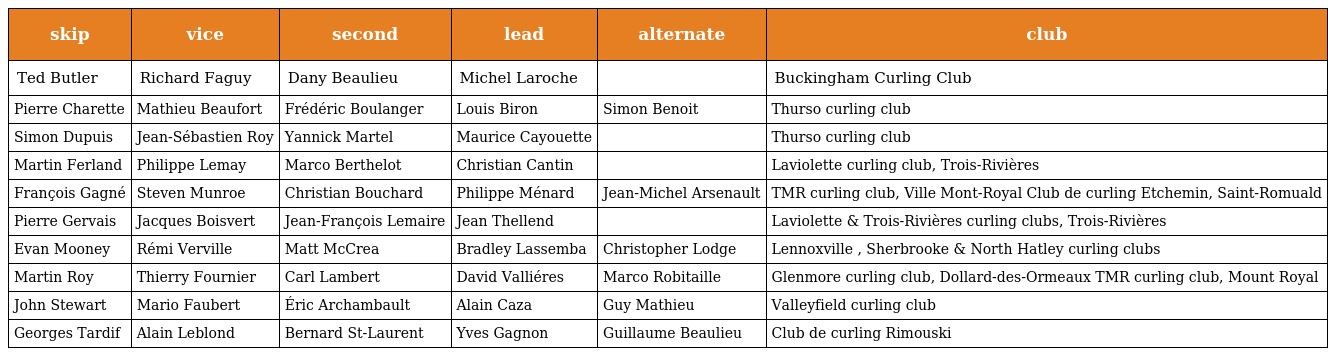
| skip | vice | second | lead | alternate | club |
 | --- | --- | --- | --- | --- | --- |
 | Ted Butler | Richard Faguy | Dany Beaulieu | Michel Laroche |  | Buckingham Curling Club |
 | Pierre Charette | Mathieu Beaufort | Frédéric Boulanger | Louis Biron | Simon Benoit | Thurso curling club |
 | Simon Dupuis | Jean-Sébastien Roy | Yannick Martel | Maurice Cayouette |  | Thurso curling club |
 | Martin Ferland | Philippe Lemay | Marco Berthelot | Christian Cantin |  | Laviolette curling club, Trois-Rivières |
 | François Gagné | Steven Munroe | Christian Bouchard | Philippe Ménard | Jean-Michel Arsenault | TMR curling club, Ville Mont-Royal Club de curling Etchemin, Saint-Romuald |
 | Pierre Gervais | Jacques Boisvert | Jean-François Lemaire | Jean Thellend |  | Laviolette & Trois-Rivières curling clubs, Trois-Rivières |
 | Evan Mooney | Rémi Verville | Matt McCrea | Bradley Lassemba | Christopher Lodge | Lennoxville , Sherbrooke & North Hatley curling clubs |
 | Martin Roy | Thierry Fournier | Carl Lambert | David Valliéres | Marco Robitaille | Glenmore curling club, Dollard-des-Ormeaux TMR curling club, Mount Royal |
 | John Stewart | Mario Faubert | Éric Archambault | Alain Caza | Guy Mathieu | Valleyfield curling club |
 | Georges Tardif | Alain Leblond | Bernard St-Laurent | Yves Gagnon | Guillaume Beaulieu | Club de curling Rimouski |